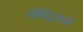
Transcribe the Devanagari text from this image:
गोमेदराज